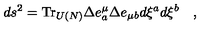
d s ^ { 2 } = \mathrm { T r } _ { U ( N ) } \Delta e _ { a } ^ { \mu } \Delta e _ { \mu b } d \xi ^ { a } d \xi ^ { b } \quad ,